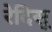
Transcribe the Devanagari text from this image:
रेदिसू